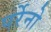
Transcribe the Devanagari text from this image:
पर्रेनो